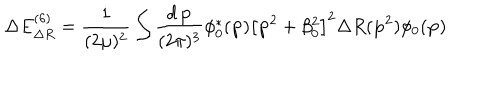
\Delta E _ { \Delta R } ^ { ( 6 ) } = \frac 1 { ( 2 \mu ) ^ { 2 } } \int \frac { d \, { \bf p } } { ( 2 \pi ) ^ { 3 } } \phi _ { 0 } ^ { * } ( { \bf p } ) \left[ { \bf p } ^ { 2 } + \beta _ { 0 } ^ { 2 } \right] ^ { 2 } \Delta R ( { \bf p } ^ { 2 } ) \phi _ { 0 } ( { \bf p } )